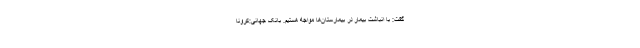
گفت: با انباشت بیمار در بیمارستان‌ها مواجه هستیم. بانک جهانی:کرونا